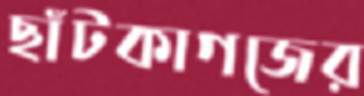
ছাঁটকাগজের